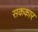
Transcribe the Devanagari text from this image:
सककार